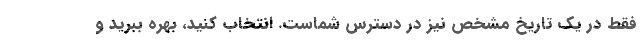
فقط در یک تاریخ مشخص نیز در دسترس شماست. انتخاب کنید، بهره ببرید و